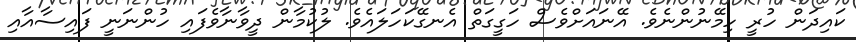
ކައިދަން ހުރީ ހިމޭނުންނެވެ. އޭނައަށްވެސް ހަގީގަތް އެނގޭކަހަލައެވެ. ލުކުމާން ދީވާނާވެފައި ހުންނަނީ ފައިސާއާއި